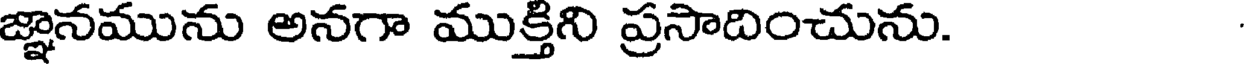
జ్ఞానమును అనగా ముక్తిని ప్రసాదించును.